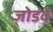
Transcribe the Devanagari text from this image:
जोडवे